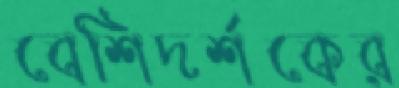
বেশিদর্শকের